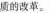
质的改革。